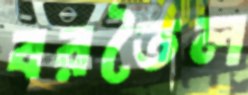
বরতৈল